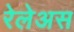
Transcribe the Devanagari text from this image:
रेलेअस